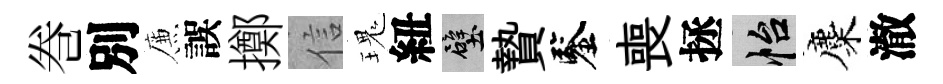
巻別簾誤擲信瑰紐壁贄鑒喪拯怡麋澈